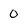
Character: 0